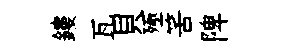
鏤瓦貝殛筈陴